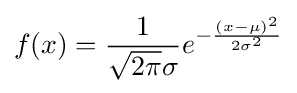
f(x)={\frac {1}{{\sqrt {2\pi }}\sigma }}e^{-{\frac {(x-\mu )^{2}}{2\sigma ^{2}}}}